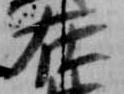
在